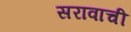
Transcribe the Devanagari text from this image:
सरावाची